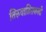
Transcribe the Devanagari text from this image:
तिरुवातिराकली